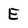
Character: E